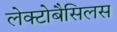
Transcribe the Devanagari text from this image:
लेक्टोबैसिलस